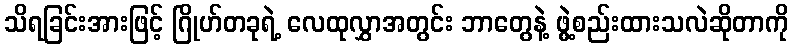
သိရခြင်းအားဖြင့် ဂြိုဟ်တခုရဲ့ လေထုလွှာအတွင်း ဘာတွေနဲ့ ဖွဲ့စည်းထားသလဲဆိုတာကို